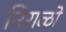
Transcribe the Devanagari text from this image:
निराळो